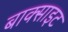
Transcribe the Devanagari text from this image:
बाक्‍साइट